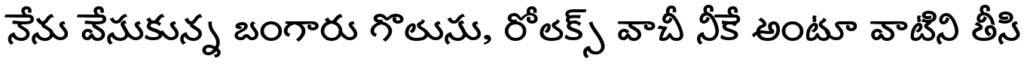
నేను వేసుకున్న బంగారు గొలుసు, రోలక్స్ వాచీ నీకే అంటూ వాటిని తీసి